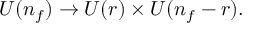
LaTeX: U ( n _ { f } ) \to U ( r ) \times U ( n _ { f } - r ) .